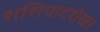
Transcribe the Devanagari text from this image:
शशिपादशेखर